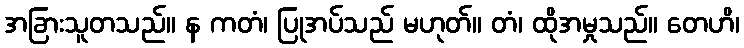
အခြားသူတသည်။ န ကတံ၊ ပြုအပ်သည် မဟုတ်။ တံ၊ ထိုအမှုသည်။ တေဟိ၊